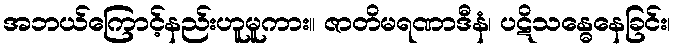
အဘယ်ကြောင့်နည်းဟူမူကား။ ဇာတိမရဏာဒီနံ၊ ပဋိသန္ဓေနေခြင်း၊